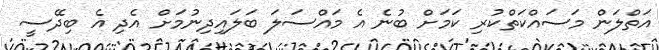
އަތްލަން މަސައްކަތްކުރި ކަމަށް ބުނެ އެ މައްސަލަ ބަލައިދިނުމަށް އެދި އެ ބިދޭސީ